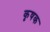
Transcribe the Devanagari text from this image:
कृषक